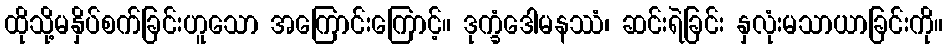
ထိုသို့မနှိပ်စက်ခြင်းဟူသော အကြောင်းကြောင့်။ ဒုက္ခံဒေါမနဿံ၊ ဆင်းရဲခြင်း နှလုံးမသာယာခြင်းကို။